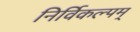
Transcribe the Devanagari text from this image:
निर्विकल्पम्